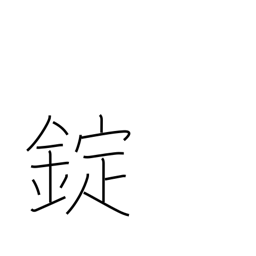
Meaning: shackles